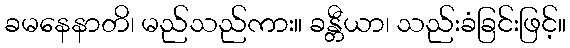
ခမနေနာတိ၊ မည်သည်ကား။ ခန္တီယာ၊ သည်းခံခြင်းဖြင့်။